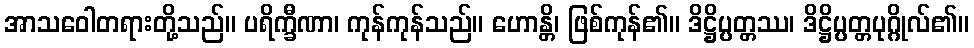
အာသဝေါတရားတို့သည်။ ပရိက္ခီဏာ၊ ကုန်ကုန်သည်။ ဟောန္တိ၊ ဖြစ်ကုန်၏။ ဒိဋ္ဌိပ္ပတ္တဿ၊ ဒိဋ္ဌိပ္ပတ္တပုဂ္ဂိုလ်၏။